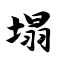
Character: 塌